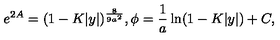
e ^ { 2 A } = ( 1 - K | y | ) ^ { \frac { 8 } { 9 a ^ { 2 } } } , \phi = { \frac { 1 } { a } } \ln ( 1 - K | y | ) + C ,